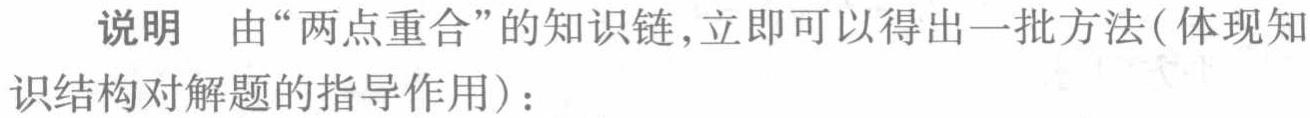
说明 由“两点重合”的知识链，立即可得出一批方法(体现知
识结构对解题的指导作用)：